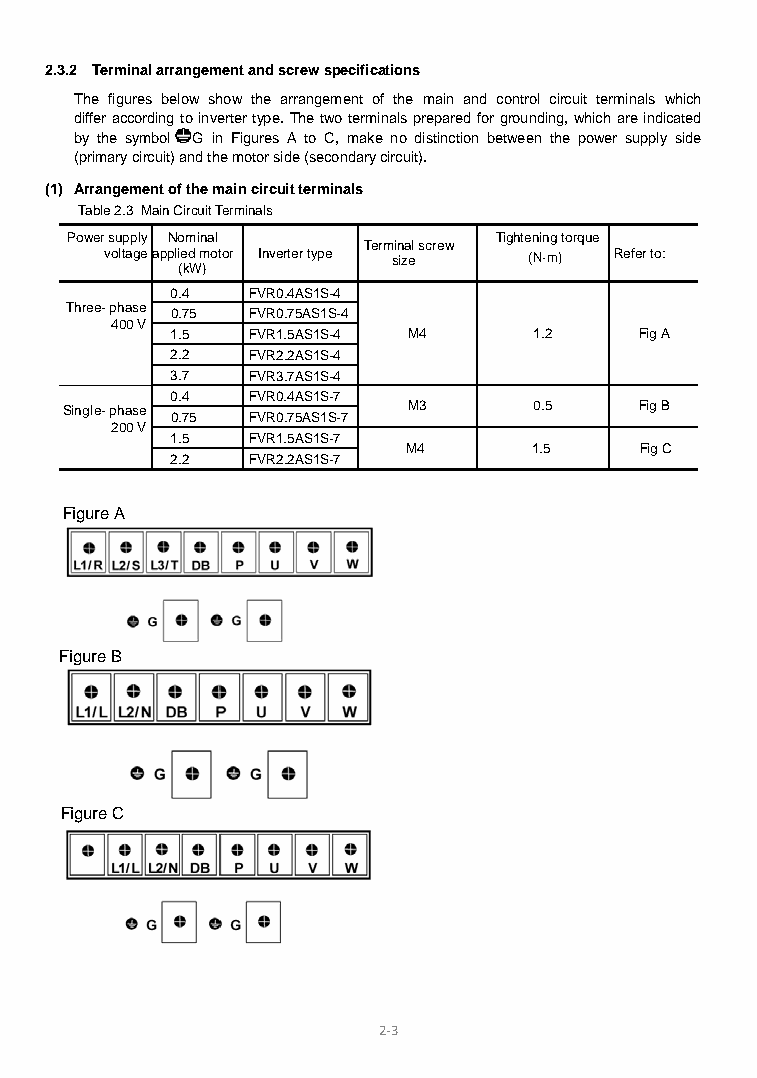
2.3.2 Terminal arrangement and screw specifications
 The figures below show the arrangement of the main and control circuit terminals which
 differ according to inverter type. The two terminals prepared for grounding, which are indicated
 by the symbol G in Figures A to C, make no distinction between the power supply side
 (primary circuit) and the motor side (secondary circuit).
 (1) Arrangement of the main circuit terminals
 Table 2.3 Main Circuit Terminals
 Power supply Nomina l        Tightening torq ue
 Terminal screw
 voltage applied motor Inverter type size (N·m) Refer to:
 (kW)
 0.4  FVR0.4AS1S-4
 Three- phase 0.75 FVR0.75AS1S-4
 400 V
 1.5  FVR1.5AS1S-4 M4    1.2    Fig A
 2.2  FVR2.2AS1S-4
 3.7  FVR3.7AS1S-4
 0.4  FVR0.4AS1S-7
 Single- phase
 0.75 FVR0.75AS1S-7
 M3      0.5    Fig B
 200 V
 1.5  FVR1.5AS1S-7
 M4      1.5    Fig C
 2.2  FVR2.2AS1S-7
 Figure A
 Figure B
 Figure C
 2-3